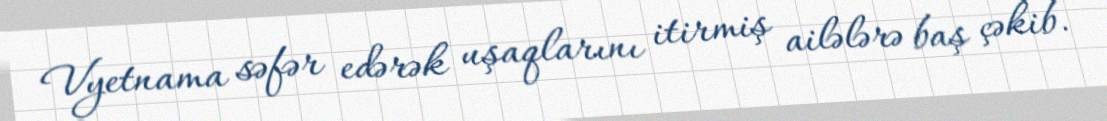
Vyetnama səfər edərək uşaqlarını itirmiş ailələrə baş çəkib.